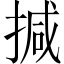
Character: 㨔